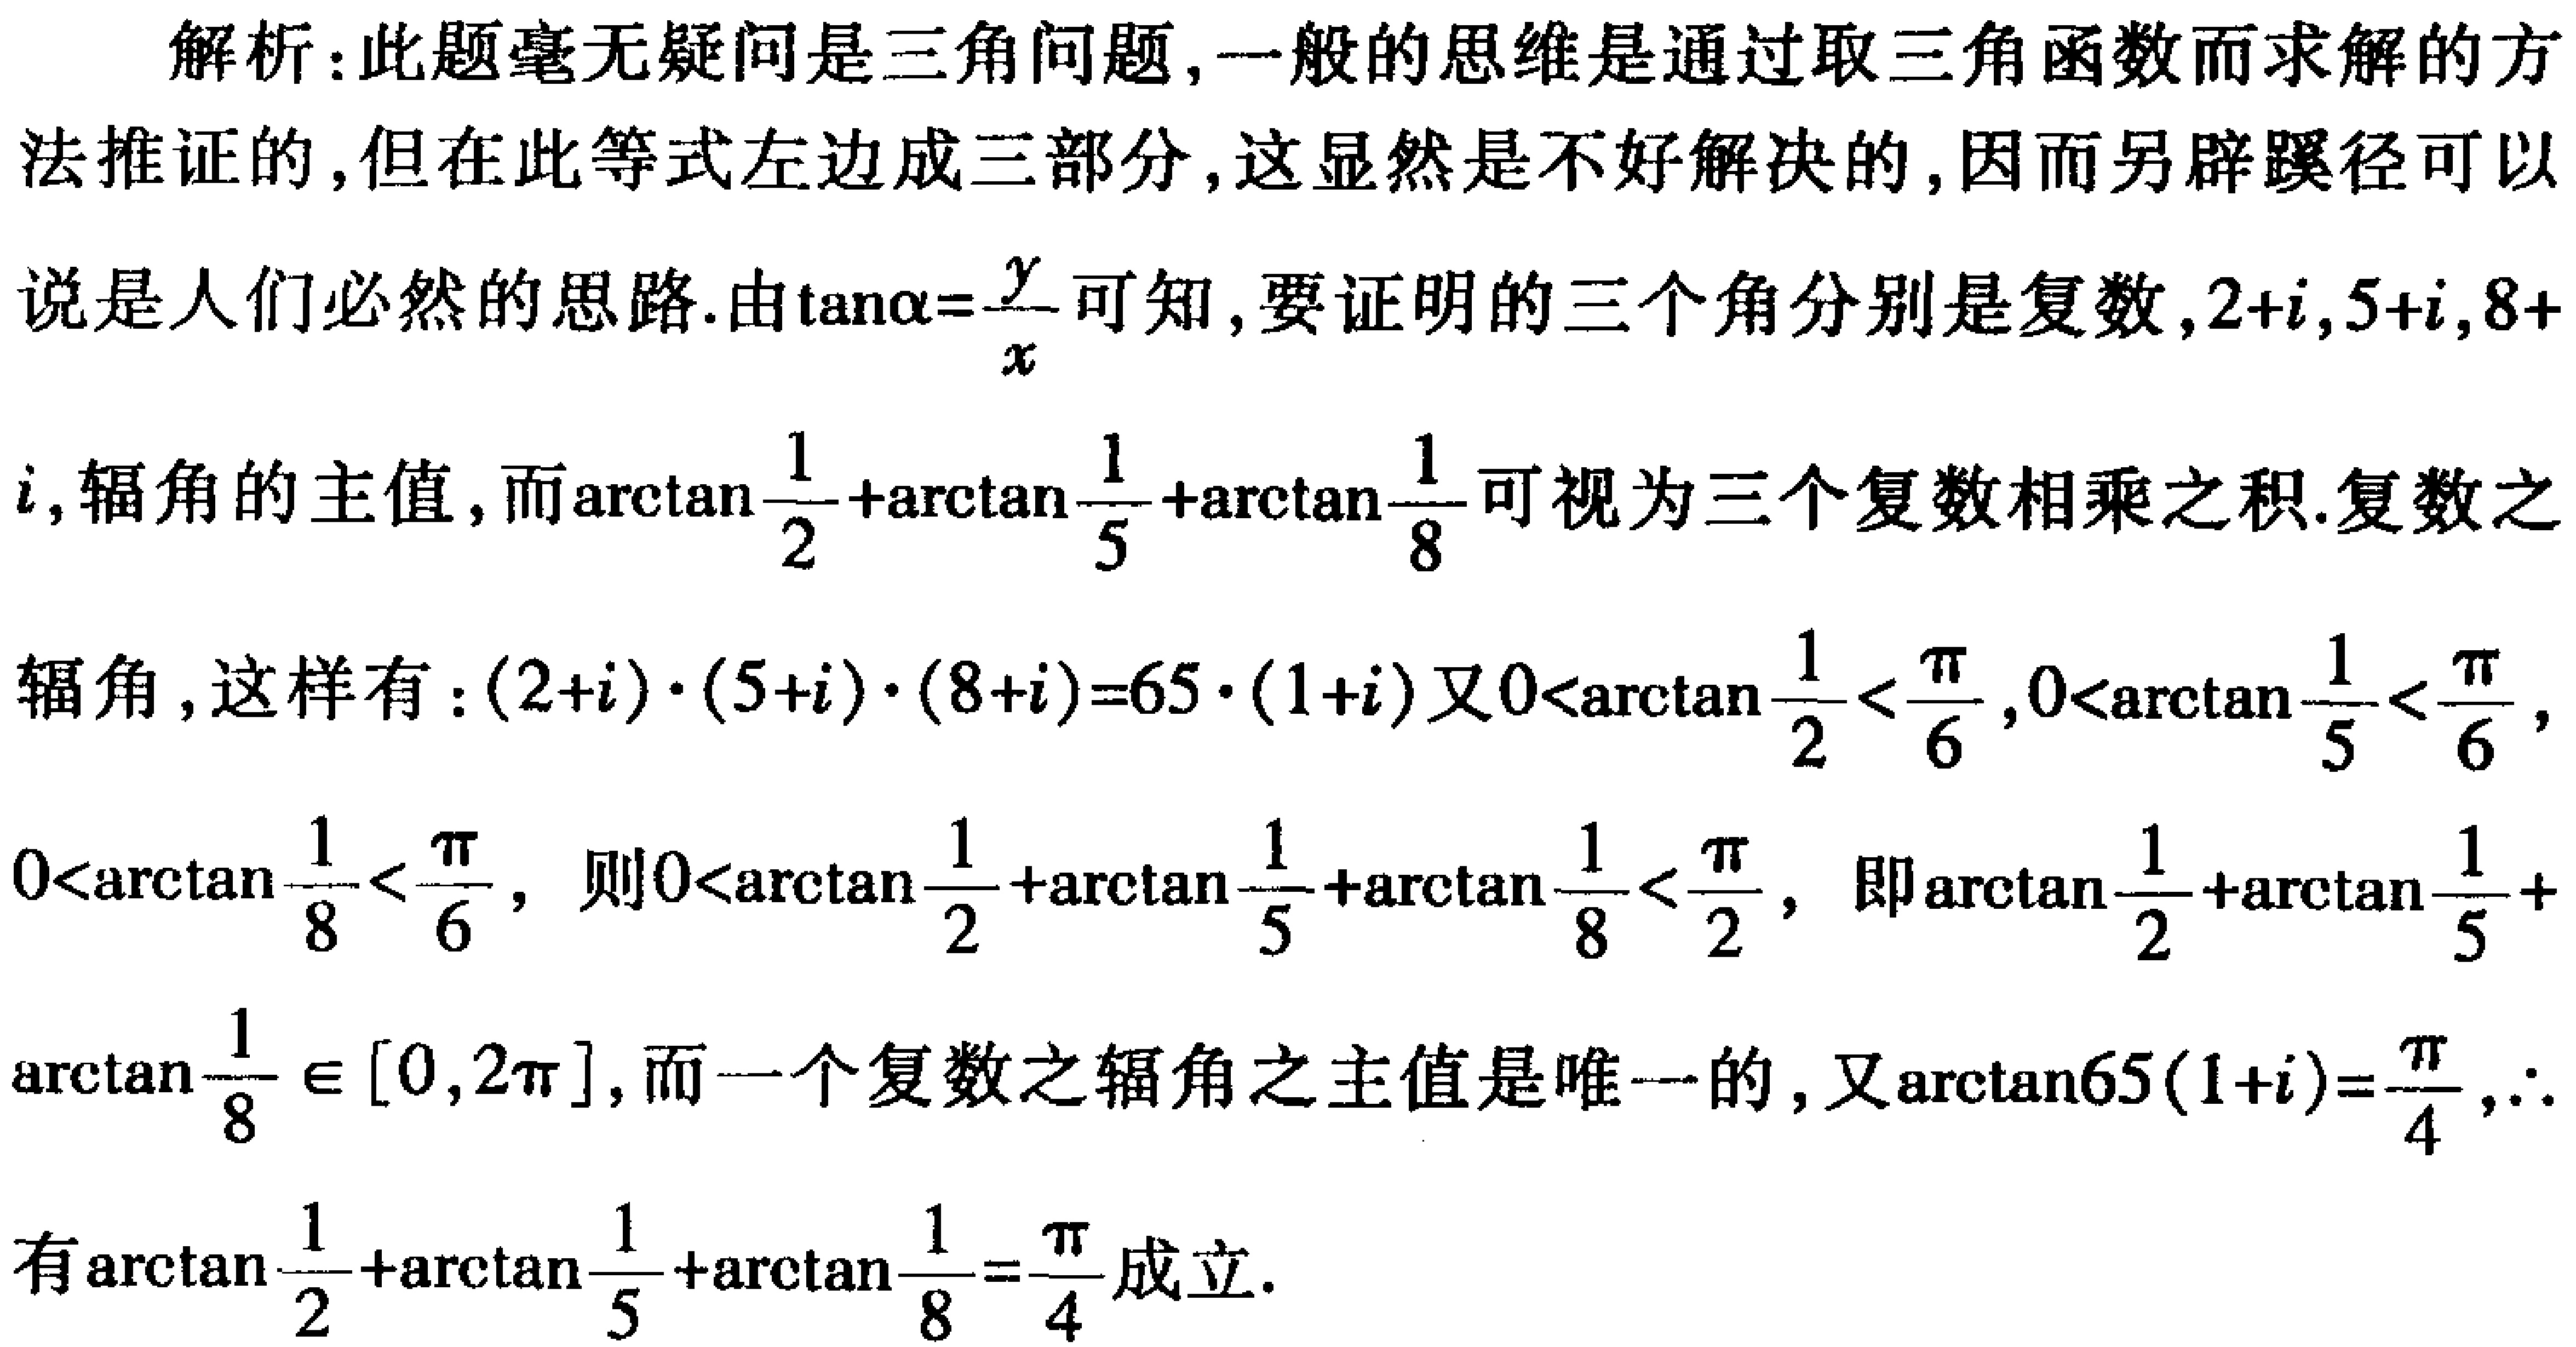
解析：此题毫无疑问是三角问题,一般的思维是通过取三角函数而求解的方法推证的,但在此等式左边成三部分,这显然是不好解决的,因而另辟蹊径可以说是人们必然的思路.由\(\tan\alpha = \frac{y}{x}\)可知,要证明的三个角分别是复数,\(2 + i\),\(5 + i\),\(8 + i\),辐角的主值,而\(\arctan\frac{1}{2}+\arctan\frac{1}{5}+\arctan\frac{1}{8}\)可视为三个复数相乘之积.复数之辐角,这样有：\((2 + i)\cdot(5 + i)\cdot(8 + i)=65\cdot(1 + i)\)又\(0<\arctan\frac{1}{2}<\frac{\pi}{6}\),\(0<\arctan\frac{1}{5}<\frac{\pi}{6}\),\(0<\arctan\frac{1}{8}<\frac{\pi}{6}\), 则\(0<\arctan\frac{1}{2}+\arctan\frac{1}{5}+\arctan\frac{1}{8}<\frac{\pi}{2}\), 即\(\arctan\frac{1}{2}+\arctan\frac{1}{5}+\arctan\frac{1}{8}\in[0,2\pi]\),而一个复数之辐角之主值是唯一的,又\(\arctan65(1 + i)=\frac{\pi}{4}\),\(\therefore\)有\(\arctan\frac{1}{2}+\arctan\frac{1}{5}+\arctan\frac{1}{8}=\frac{\pi}{4}\)成立.